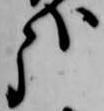
哉